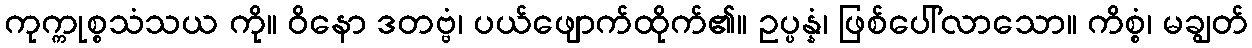
ကုက္ကုစ္စသံသယ ကို။ ဝိနော ဒတဗ္ဗံ၊ ပယ်ဖျောက်ထိုက်၏။ ဥပ္ပန္နံ၊ ဖြစ်ပေါ်လာသော။ ကိစ္စံ၊ မချွတ်